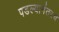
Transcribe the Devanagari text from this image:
पडल्यानंतरच